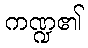
ကဏ္ဍ၏